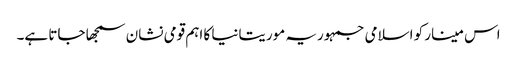
اس مینار کو اسلامی جمہوریہ موریتانیا کا اہم قومی نشان سمجھا جاتا ہے۔